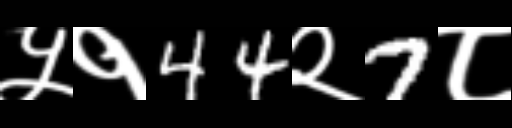
Text: ५१44२7८